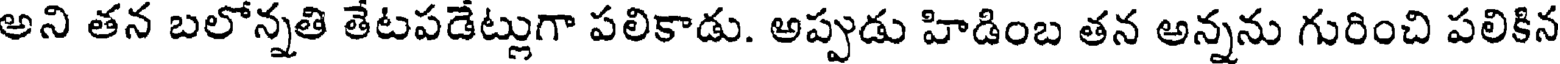
అని తన బలోన్నతి తేటపడేట్లుగా పలికాడు. అప్పుడు హిడింబ తన అన్నను గురించి పలికిన